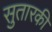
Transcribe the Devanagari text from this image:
सुतारकी